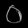
Digit: ၀